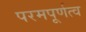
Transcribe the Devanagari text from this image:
परमपूर्णत्व